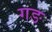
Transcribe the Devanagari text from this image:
गङ